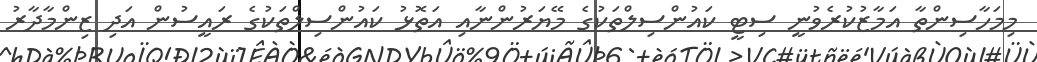
މިމަހާސިންތާ އަމާޒުކުރެވުނީ ސިޓީ ކައުންސިލްތަކުގެ މޭޔަރުންނާއި އަތޮޅު ކައުންސިލްތަކުގެ ރައީސުން އަދި ޒިންމާދާރު